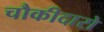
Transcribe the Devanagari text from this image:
चौकीदारो